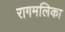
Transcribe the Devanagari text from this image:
रागमलिका